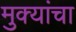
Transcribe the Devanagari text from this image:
मुक्यांचा